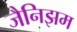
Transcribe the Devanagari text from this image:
जैनिझम